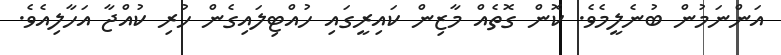
އަންނަމުން ބުނެލީމެވެ. ކޮން ގޮތެއް މާޒިން ކައިރީގައި ހުއްޓިލައިގެން ހުރި ކުއްޖާ އަހާލިއެވެ.